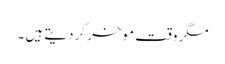
مگر وقت موخر کر دیتے ہیں ۔